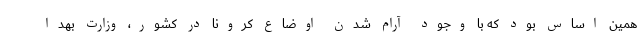
همین اساس بود که با وجود آرام شدن اوضاع کرونا در کشور، وزارت بهدا